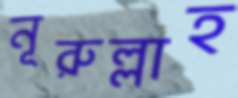
নূরুল্লাহ